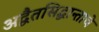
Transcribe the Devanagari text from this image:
अद्वैतसिद्धान्ताचे